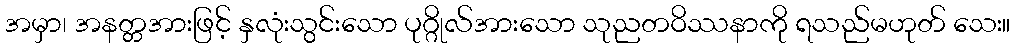
အမှာ၊ အနတ္တအားဖြင့် နှလုံးသွင်းသော ပုဂ္ဂိုလ်အားသော သုညတဝိဿနာကို ရသည်မဟုတ် သေး။